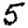
Digit: 5